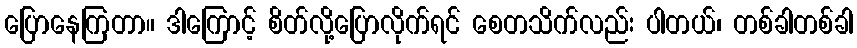
ပြောနေကြတာ။ ဒါကြောင့် စိတ်လို့ပြောလိုက်ရင် စေတသိက်လည်း ပါတယ်၊ တစ်ခါတစ်ခါ